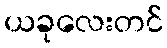
ယခုလေးတင်